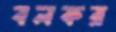
বলকর